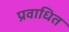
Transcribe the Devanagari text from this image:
प्रवाधित